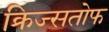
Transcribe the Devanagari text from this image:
क्रिज्सतोफ